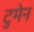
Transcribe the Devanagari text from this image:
टुमेन